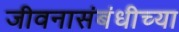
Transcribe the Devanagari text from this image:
जीवनासंबंधीच्या